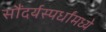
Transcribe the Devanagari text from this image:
सौंदर्यस्पर्धांमध्ये